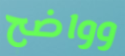
وواضح